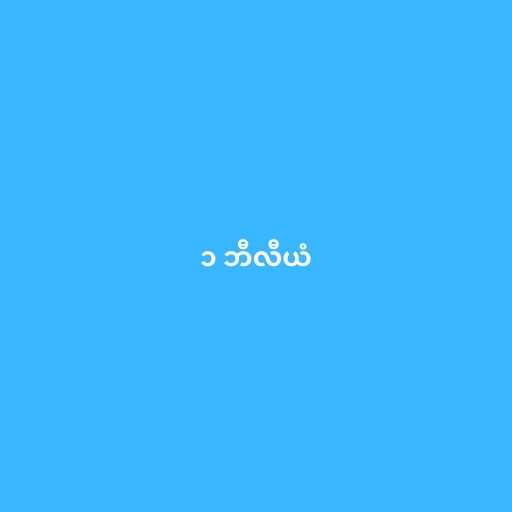
၁ ဘီလီယံ